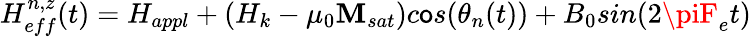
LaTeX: H_{eff}^{n,z}(t)=H_{appl}+(H_{k}-\mu_{0}\mathbf{M}_{sat})c\mathsf{o}s(\theta_{n}(t))+B_{0}sin(2\piF_{e}t)